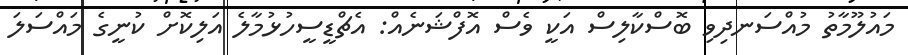
މައުލޫމާތު މުއްސަނދިވި ބޮސްކާލިސް އަކީ ވެސް އޮފްޝަނެއް: އެޗްޑީސީހުޅުމާލެ އަލިކޮށް ކުނީގެ މައްސަލަ